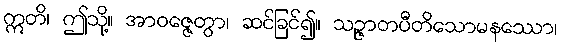
ဣတိ၊ ဤသို့။ အာဝဇ္ဇေတွာ၊ ဆင်ခြင်၍။ သဉ္ဇာတပီတိသောမနဿော၊